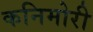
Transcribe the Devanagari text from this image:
कनिमोरी